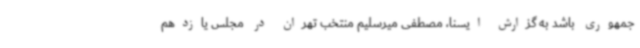
جمهوری باشد به گزارش ایسنا، مصطفی میرسلیم منتخب تهران در مجلس یازدهم